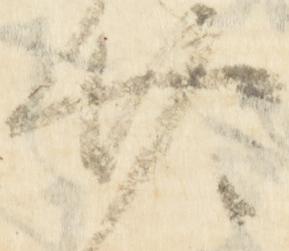
廿